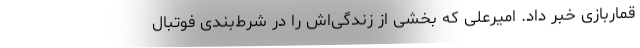
قماربازی خبر داد. امیرعلی که بخشی از زندگی‌اش را در شرط‌بندی فوتبال